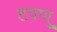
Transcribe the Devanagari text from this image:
टपणु